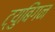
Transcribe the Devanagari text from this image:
ट्युबिंगन